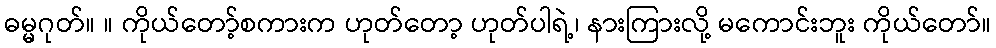
ဓမ္မဂုတ်။ ။ ကိုယ်တော့်စကားက ဟုတ်တော့ ဟုတ်ပါရဲ့၊ နားကြားလို့ မကောင်းဘူး ကိုယ်တော်။